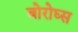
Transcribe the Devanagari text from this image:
बोरोघ्स